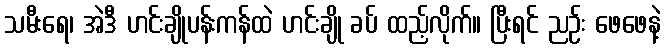
သမီးရေ၊ အဲဒီ ဟင်းချိုပန်းကန်ထဲ ဟင်းချို ခပ် ထည့်လိုက်။ ပြီးရင် ညဉ်း ဖေဖေနဲ့